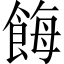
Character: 𩛸